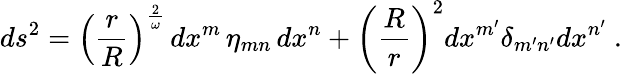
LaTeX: ds^{2}=\left({\frac{r}{R}}\right)^{\frac{2}{\omega}}\, dx^{m}\, \eta_{mn}\, dx^{n}+\left({\frac{R}{r}}\right)^{2}dx^{m^{\prime}}\delta_{m^{\prime}n^{\prime}}dx^{n^{\prime}}\ .